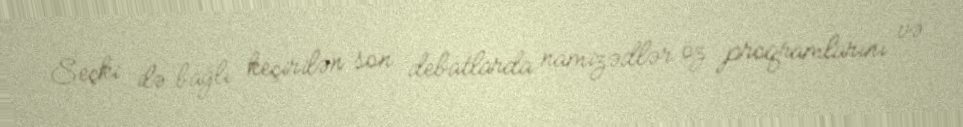
Seçki ilə bağlı keçirilən son debatlarda namizədlər öz proqramlarını və